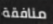
منافقة